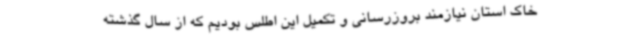
خاک استان نیازمند بروزرسانی و تکمیل این اطلس بودیم که از سال گذشته